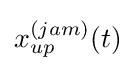
x_{up}^{(jam)}(t)